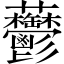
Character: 䖇